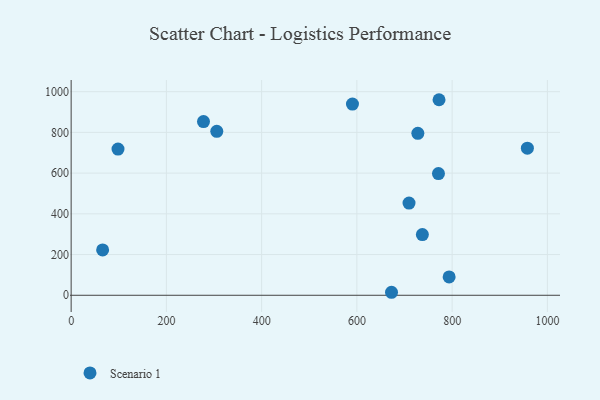
{"axis": {"x": "Engine Size", "y": "Rating"}, "legend": ["Scenario 1"], "data": [{"x": "305.8", "y": 805.3, "type": "Scenario 1"}, {"x": "709.5", "y": 453.0, "type": "Scenario 1"}, {"x": "737.5", "y": 298.0, "type": "Scenario 1"}, {"x": "958.0", "y": 722.3, "type": "Scenario 1"}, {"x": "98.4", "y": 718.1, "type": "Scenario 1"}, {"x": "672.7", "y": 14.7, "type": "Scenario 1"}, {"x": "277.9", "y": 853.2, "type": "Scenario 1"}, {"x": "772.5", "y": 960.4, "type": "Scenario 1"}, {"x": "793.7", "y": 90.1, "type": "Scenario 1"}, {"x": "590.7", "y": 939.1, "type": "Scenario 1"}, {"x": "728.0", "y": 795.4, "type": "Scenario 1"}, {"x": "66.1", "y": 222.8, "type": "Scenario 1"}, {"x": "771.3", "y": 597.9, "type": "Scenario 1"}]}